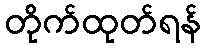
တိုက်ထုတ်ရန်